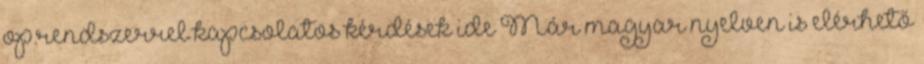
op.rendszerrel kapcsolatos kérdések ide Már magyar nyelven is elérhető